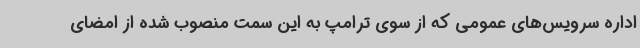
اداره سرویس‌های عمومی که از سوی ترامپ به این سمت منصوب شده از امضای